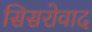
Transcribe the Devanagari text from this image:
सिसरोवाद